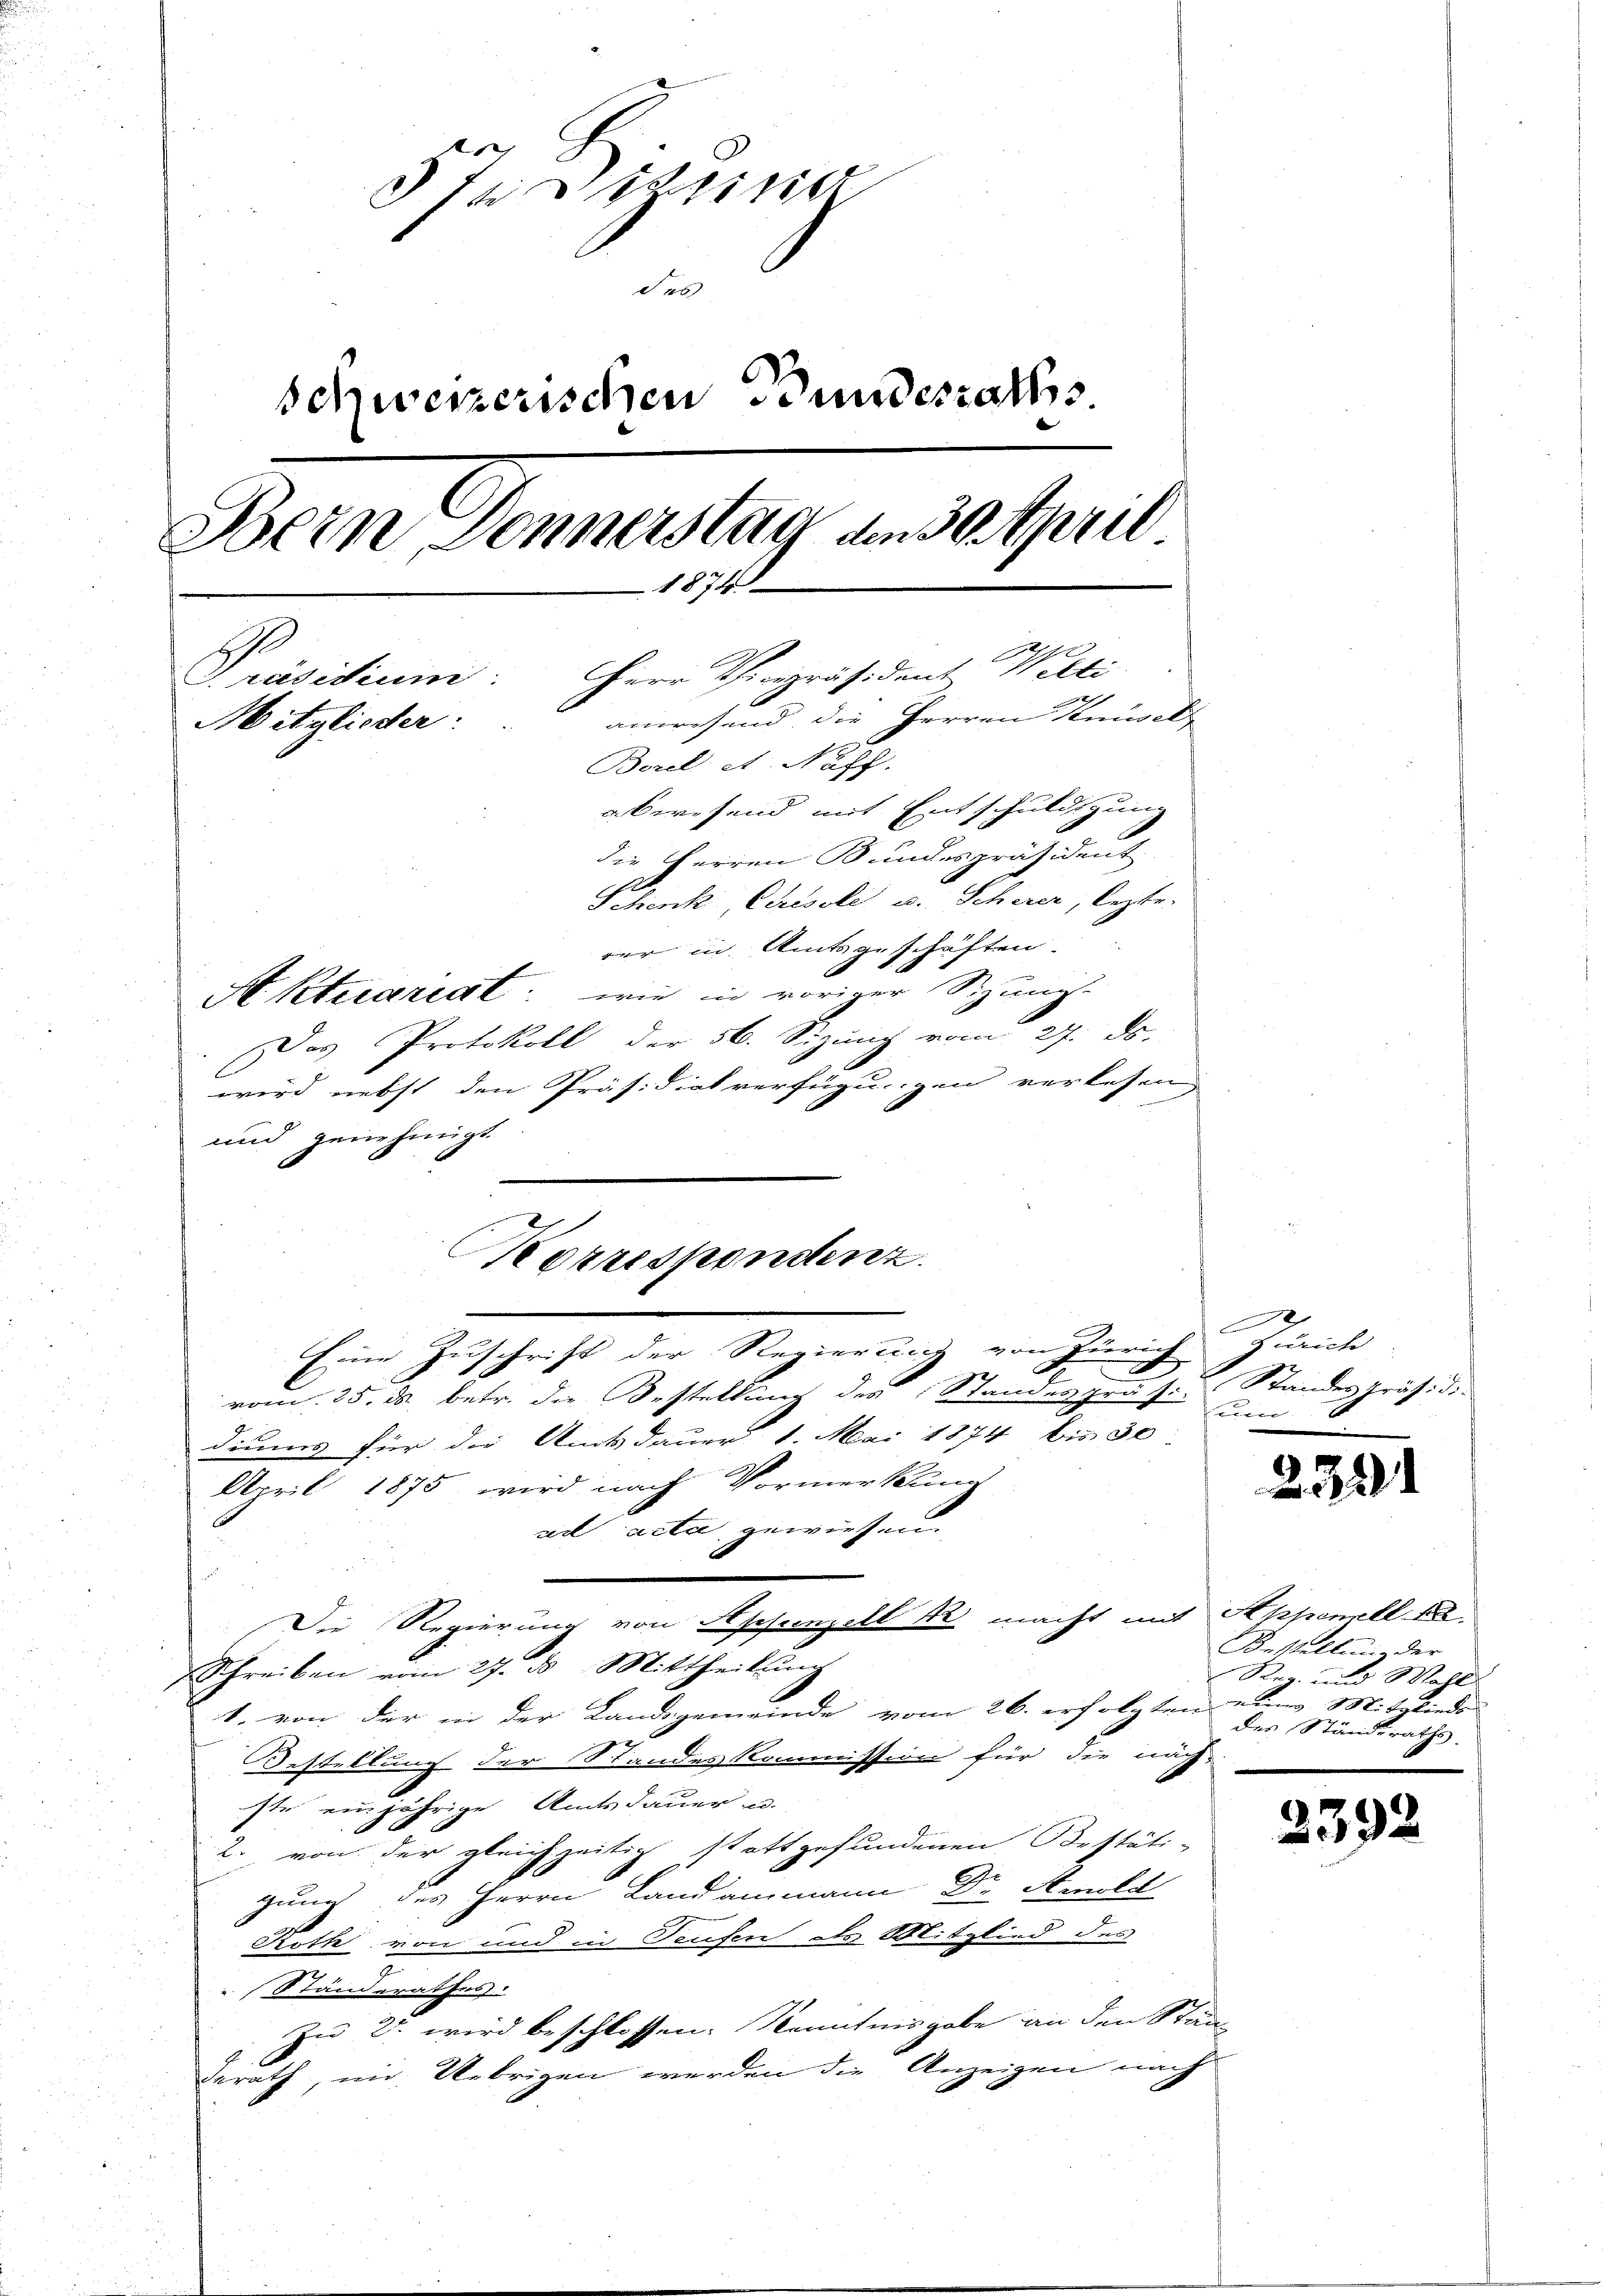
5te Sisting
des
schweizerischen Bundesraths
Bein Jennerstag, ande sprit
1874
x
Präsidium. Herr Vinpräsident Welti
anwesend, die Herren Knüsels
Mitglieder.
Borel et. Nash.
abwesend mit Entschuldigung
die Herren Bundespräsident
Schenk, Chrisole u. Scherer, lezte.
rer in Amtsgeschäften.

Aktuariat: wie in voriger Sizung-
Das Protokoll der 56. Sizinig vom 27. ds.
wird nebst den Präsidialverfügungen verlesen
und genehmigt.
Eine Zuschrift der Regierung von Zürich Zürich
x
2
vom 25. ds. betr. die Bestellung der Standespräs. Standespräsidi-
diums für die Amtsdauer 1. Mai 1874 bis 30
April 1875 wird nach Vormerkung
ad acta gewiesen
Die Regierung von Appenzell u. macht mit Appenzell be
Schreiben vom 27. ds Mittheilung
1. von der in der Landsgemeinde vom 26. erfolgten eben Mitgliede
Bestellung der Standeskommission für die näch-
ste einjährige Amtsdauer u.
2. von der gleichzeitig stattgefundenen Oestäti-
gung des Herrn Landammann Dr. Amold
Roth von und in Teufen des Mitglied des
 Standerathes:
Zu 2. wird beschlossen: Kenntnisgabe an den Staa
gerath, im Uebrigen werden die Anzeigen nach

Korrespondenz.

uen

2321

Bestellung der
Rez und Wahl
des Standsraths.

2392

u